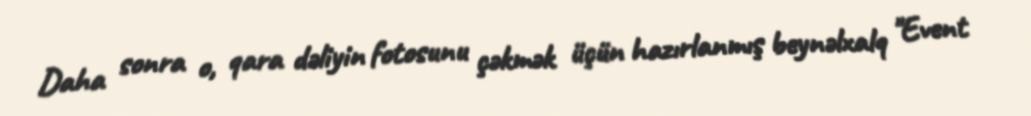
Daha sonra o, qara dəliyin fotosunu çəkmək üçün hazırlanmış beynəlxalq "Event